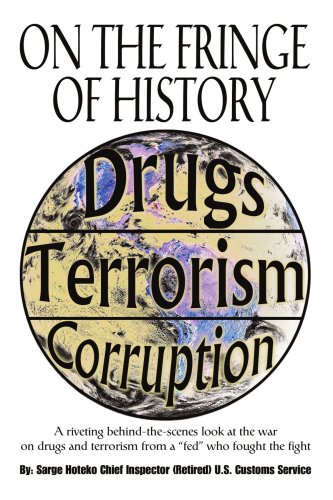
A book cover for On The Fringe Of History: A riveting behind-the-scenes look at the war on drugs and terrorism from a "fed" who fought the fight; Sarge Hoteko; Biographies & Memoirs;